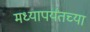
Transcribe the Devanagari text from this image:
मध्यापर्यंतच्या